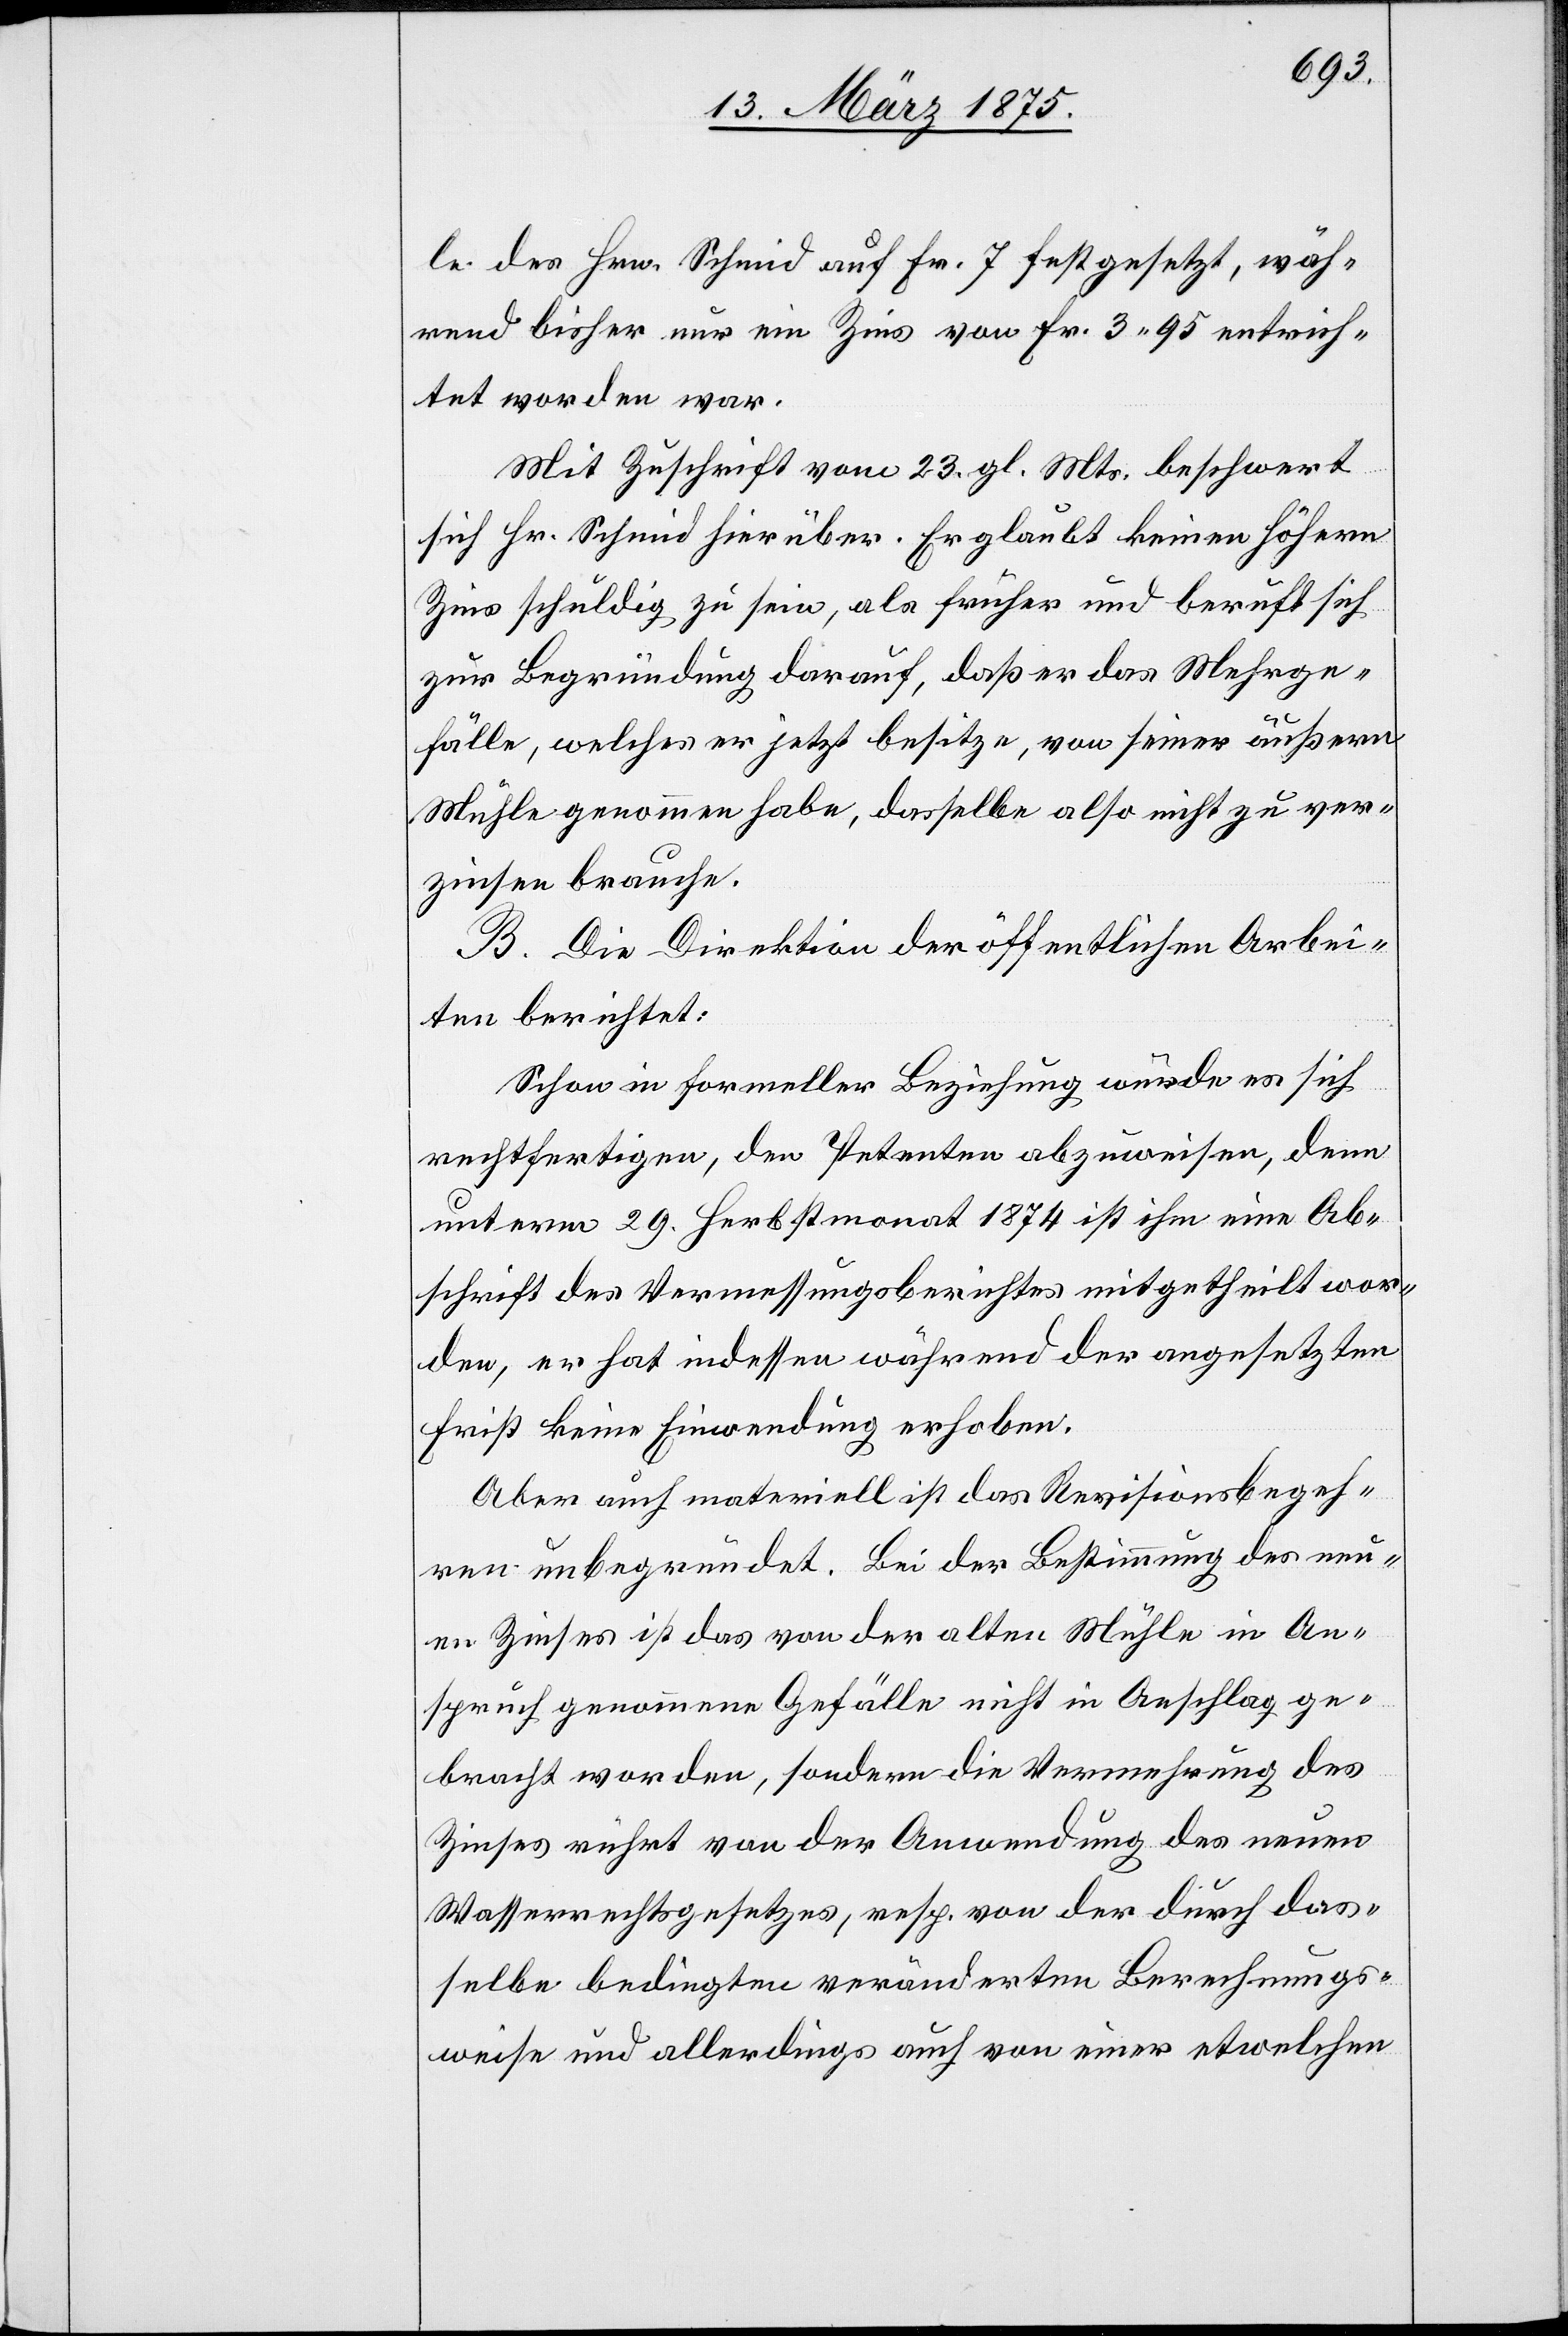
le des Hrn. Schmid auf Fr. 7 festgesetzt, wäh¬
rend bisher nur ein Zins von Fr. 3 95 entrich¬
tet worden war.
Mit Zuschrift vom 23. gl. Mts. beschwert
sich Hr. Schmid hierüber. Er glaubt keinen höhern
Zins schuldig zu sein, als früher und beruft sich
zur Begründung darauf, daß er das Mehrge¬
fälle, welches er jetzt besitze, von seiner äußern
Mühle genommen habe, dasselbe also nicht zu ver¬
zinsen brauche
B. Die Direktion der öffentlichen Arbei¬
ten berichtet:
Schon in formeller Beziehung würde es sich
rechtfertigen, den Petenten abzuweisen, denn
unterm 29. Herbstmonat 1874 ist ihm eine Ab¬
schrift des Vermessungsobjektes mitgetheilt wor¬
den, er hat indessen während der angesetzten
Frist keine Einwendung erhoben.
Aber auch materiell ist das Revisionsbegeh¬
ren unbegründet. Bei der Bestimmung des neu¬
en Zinses ist das von der alten Mühle in An¬
spruch genommene Gefälle nicht in Anschlag ge¬
bracht worden, sondern die Vermehrung des
Zinses rührt von der Anwendung des neuen
Wasserrechtsgesetzes, resp. von der durch das¬
selbe bedingten veränderten Berechnungs¬
weise und allerdings auch von einer etwelchen